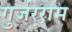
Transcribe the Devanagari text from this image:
गुर्जरराम